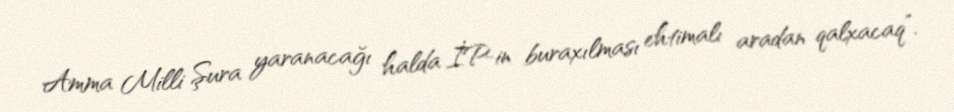
Amma Milli Şura yaranacağı halda İP-in buraxılması ehtimalı aradan qalxacaq”.